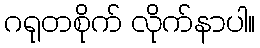
ဂရုတစိုက် လိုက်နာပါ။